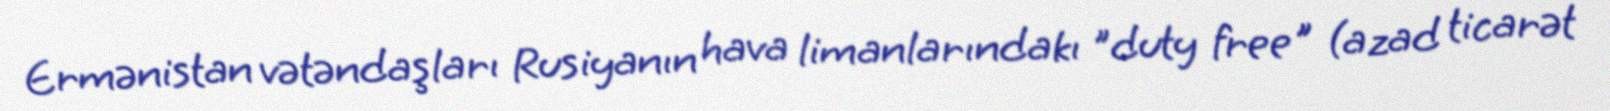
Ermənistan vətəndaşları Rusiyanın hava limanlarındakı "duty free" (azad ticarət